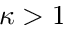
\kappa > 1